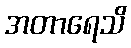
အတာရေသိ